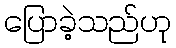
ပြောခဲ့သည်ဟု